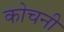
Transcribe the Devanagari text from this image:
कोचनी